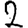
Digit: 2